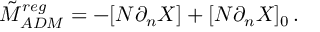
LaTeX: \tilde { M } _ { A D M } ^ { r e g } = - [ N \partial _ { n } X ] + [ N \partial _ { n } X ] _ { 0 } \, .